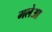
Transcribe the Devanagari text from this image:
मलेआ